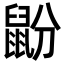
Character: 鼢